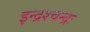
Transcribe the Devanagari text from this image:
इन्द्रश्चन्द्रः